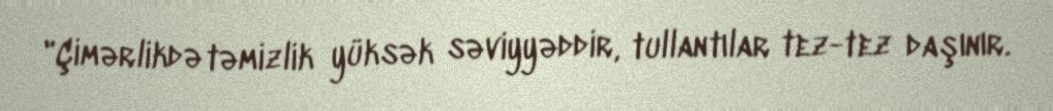
"Çimərlikdə təmizlik yüksək səviyyəddir, tullantılar tez-tez daşınır.